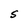
Character: S